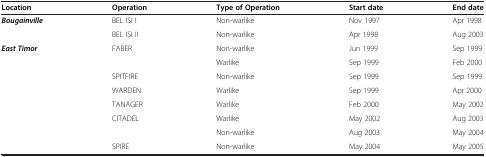
<table><thead><tr><td><b>Location</b></td><td><b>Operation</b></td><td><b>Type of Operation</b></td><td><b>Start date</b></td><td><b>End date</b></td></tr></thead><tbody><tr><td><b><i>Bougainville</i></b></td><td>BEL ISI I</td><td>Non-warlike</td><td>Nov 1997</td><td>Apr 1998</td></tr><tr><td> </td><td>BEL ISI II</td><td>Non-warlike</td><td>Apr 1998</td><td>Aug 2003</td></tr><tr><td><b><i>East Timor</i></b></td><td>FABER</td><td>Non-warlike</td><td>Jun 1999</td><td>Sep 1999</td></tr><tr><td> </td><td> </td><td>Warlike</td><td>Sep 1999</td><td>Feb 2000</td></tr><tr><td> </td><td>SPITFIRE</td><td>Non-warlike</td><td>Sep 1999</td><td>Sep 1999</td></tr><tr><td> </td><td>WARDEN</td><td>Warlike</td><td>Sep 1999</td><td>Apr 2000</td></tr><tr><td> </td><td>TANAGER</td><td>Warlike</td><td>Feb 2000</td><td>May 2002</td></tr><tr><td> </td><td>CITADEL</td><td>Warlike</td><td>May 2002</td><td>Aug 2003</td></tr><tr><td> </td><td> </td><td>Non-warlike</td><td>Aug 2003</td><td>May 2004</td></tr><tr><td> </td><td>SPIRE</td><td>Non-warlike</td><td>May 2004</td><td>May 2005</td></tr></tbody></table>